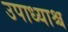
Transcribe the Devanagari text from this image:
उपाध्याश्च